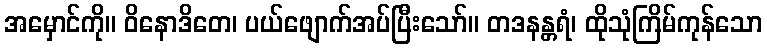
အမှောင်ကို။ ဝိနောဒိတေ၊ ပယ်ဖျောက်အပ်ပြီးသော်။ တဒနန္တရံ၊ ထိုသုံကြိမ်ကုန်သော